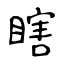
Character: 瞎